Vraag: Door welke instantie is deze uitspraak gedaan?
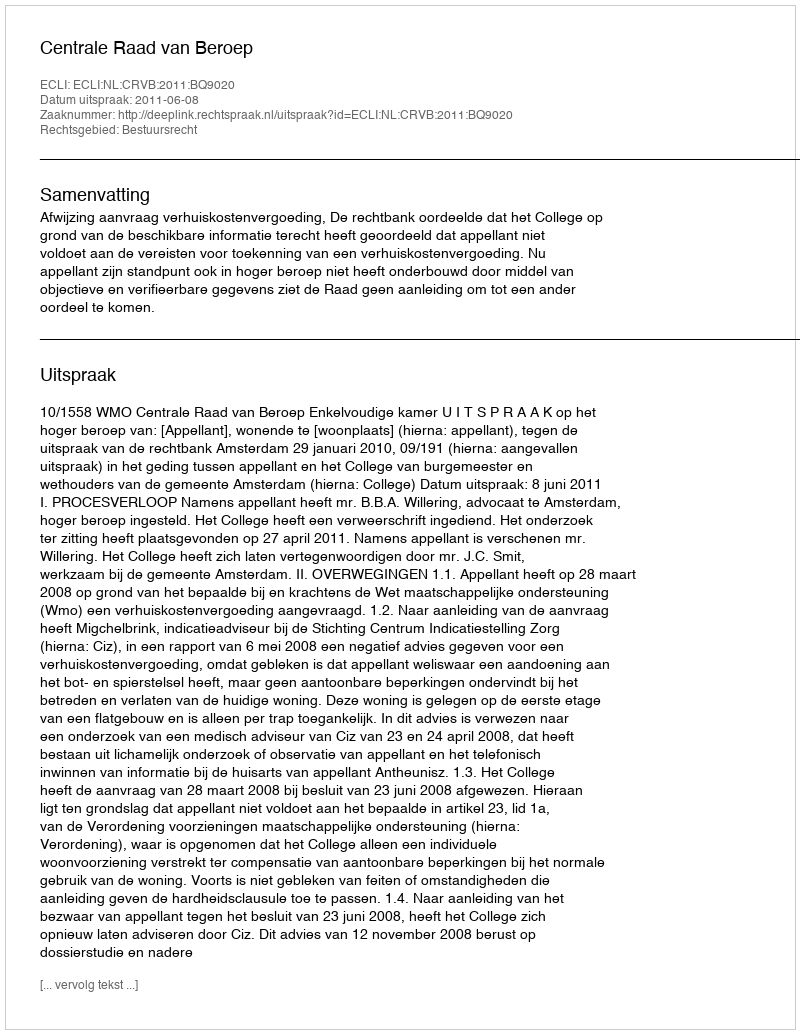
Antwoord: Centrale Raad van Beroep